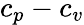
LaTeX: c_{p}-c_{v}